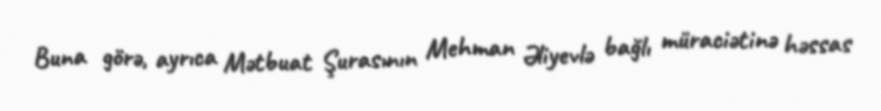
Buna görə, ayrıca Mətbuat Şurasının Mehman Əliyevlə bağlı müraciətinə həssas